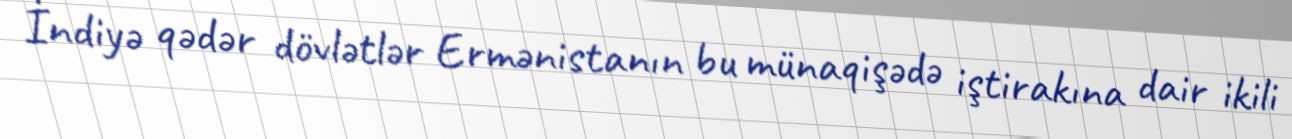
İndiyə qədər dövlətlər Ermənistanın bu münaqişədə iştirakına dair ikili